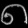
Digit: ၈